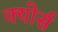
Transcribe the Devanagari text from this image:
क्योर्स